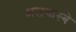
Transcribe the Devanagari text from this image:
अलकस्बे